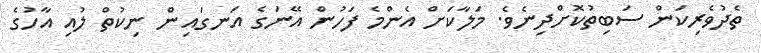
ތެދުވެރިކަން ސަބިތުކޮށްދިނެވެ. މަލާކަށް އެންމެ ފަހުން އޭނަގެ އަނގައިން ނިކުތް ލުއި އާހުގެ